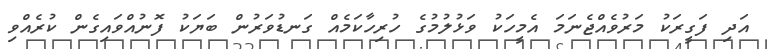
އަދި ފަގީރަކު މަރުވެއްޖެނަމަ އެމީހަކު ވަޅުލުމުގެ ހުރިހާކަމެއް ގަނޑުވަރުން ބަޔަކު ފޮނުއްވައިގެން ކުރެއްވި